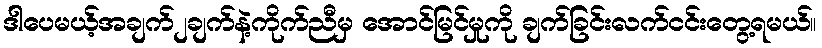
ဒါပေမယ့်အချက်၂ချက်နဲ့ကိုက်ညီမှ အောင်မြင်မှုကို ချက်ခြင်းလက်ငင်းတွေ့ရမယ်။